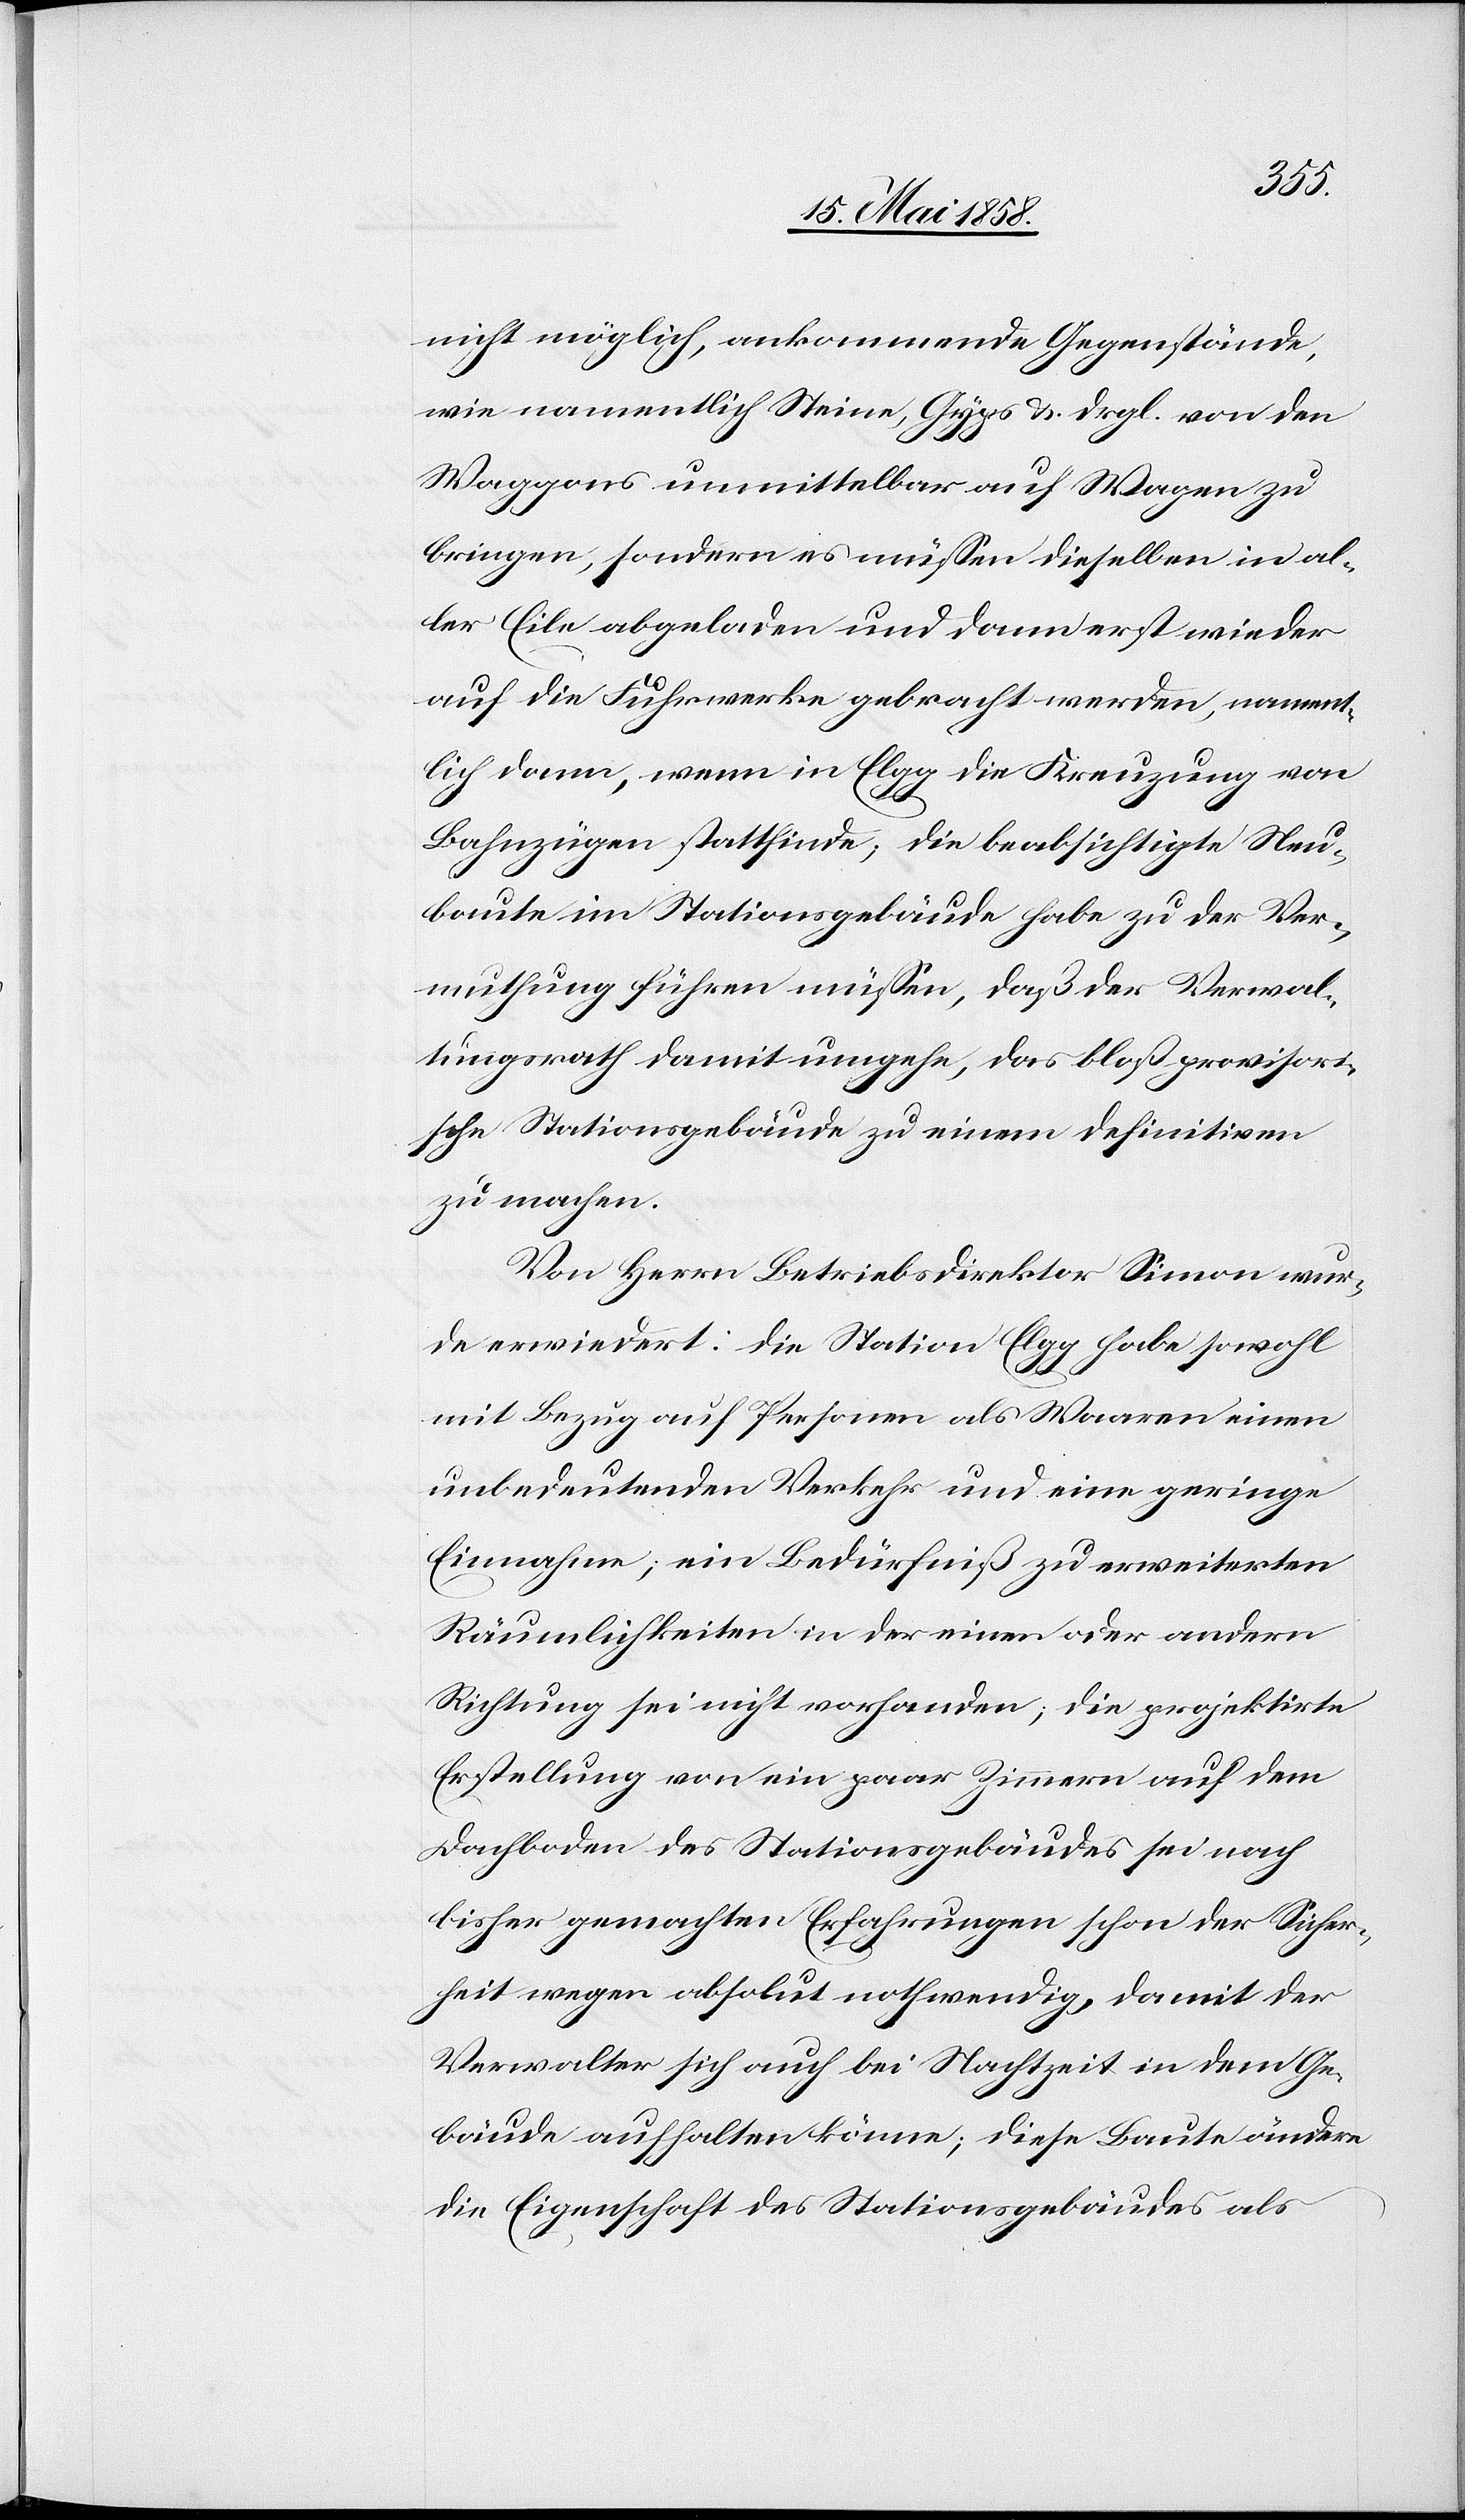
nicht möglich, ankommende Gegenstände,
wie namentlich Steine, Gyps u. drgl. von den
Waggons unmittelbar auf Wagen zu
bringen, sondern es müssen dieselben in al¬
ler Eile abgeladen und dann erst wieder
auf die Fuhrwerke gebracht werden, nament¬
lich dann, wenn in Elgg die Kreuzung von
Bahnzügen stattfinde; die beabsichtigte Neu¬
baute im Stationsgebäude habe zu der Ver¬
muthung führen müssen, daß der Verwal¬
tungsrath damit umgehe, das bloß provisori¬
sche Stationsgebäude zu einem definitiven
zu machen.
Von Herrn Betriebsdirektor Simon wur¬
de erwiedert: die Station Elgg habe sowohl
mit Bezug auf Personen als Waaren einen
unbedeutenden Verkehr und eine geringe
Einnahme; ein Bedürfniß zu erweiterten
Räumlichkeiten in der einen oder andern
Richtung sei nicht vorhanden; die projektirte
Erstellung von ein paar Zimmern auf dem
Dachboden des Stationsgebäudes sei nach
bisher gemachten Erfahrungen schon der Sicher¬
heit wegen absolut nothwendig, damit der
Verwalter sich auch bei Nachtzeit in dem Ge¬
bäude aufhalten könne; diese Baute ändere
die Eigenschaft des Stationsgebäudes als